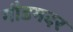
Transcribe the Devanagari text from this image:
गौडमदर